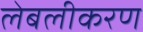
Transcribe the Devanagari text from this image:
लेबलीकरण